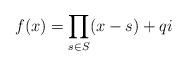
LaTeX: \begin{align*} f(x) = \prod_{s \in S}(x-s)+qi \end{align*}